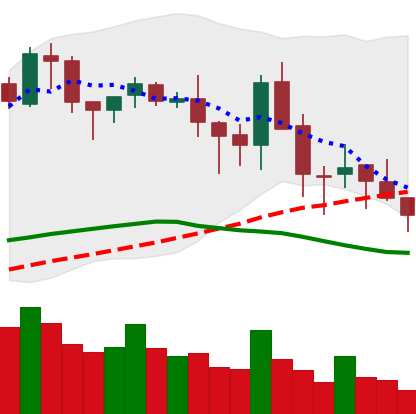
Ticker: BNB-USD
Chart end date: 2018-05-16
Forward return: 20.079%
Label: up_7plus